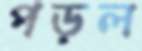
পড়ল